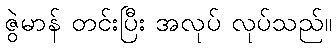
ဇွဲမာန် တင်းပြီး အလုပ် လုပ်သည်။